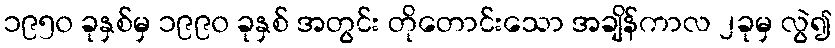
၁၉၅၀ ခုနှစ်မှ ၁၉၉၀ ခုနှစ် အတွင်း တိုတောင်းသော အချိန်ကာလ ၂ခုမှ လွဲ၍